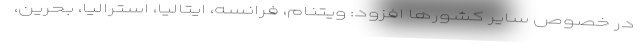
در خصوص سایر کشورها افزود: ویتنام، فرانسه، ایتالیا، استرالیا، بحرین،